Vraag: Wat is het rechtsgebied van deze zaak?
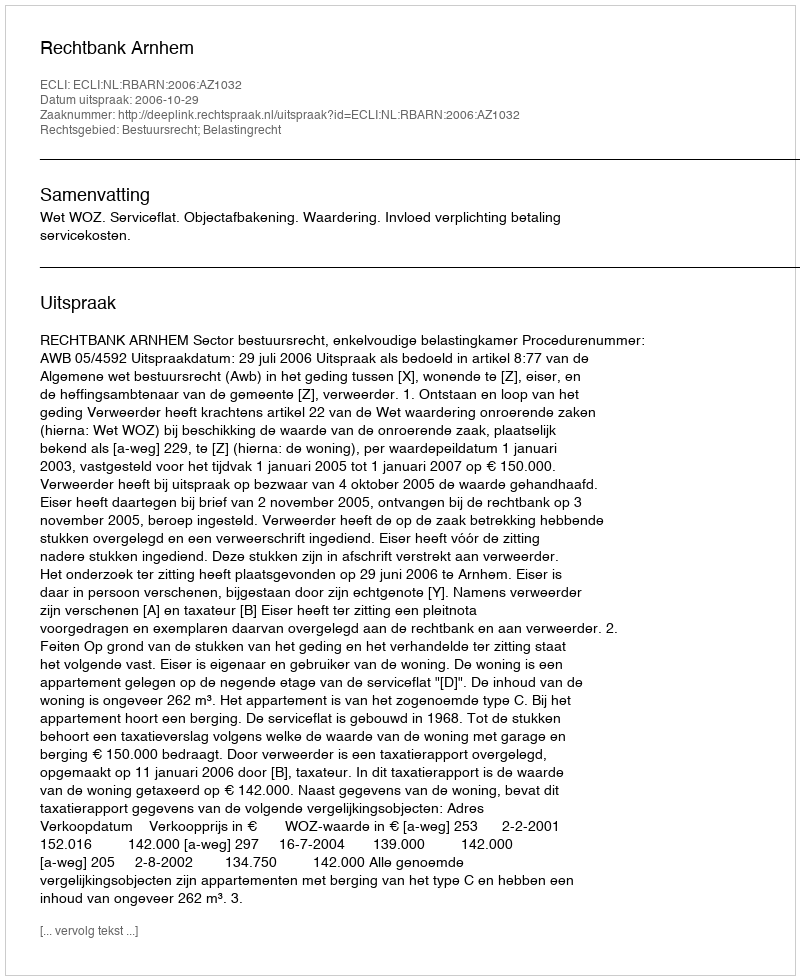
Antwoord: Bestuursrecht; Belastingrecht